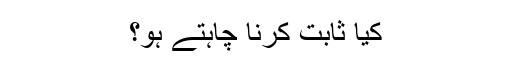
کیا ثابت کرنا چاہتے ہو؟